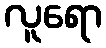
လူရော